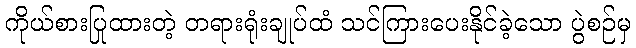
ကိုယ်စားပြုထားတဲ့ တရားရုံးချုပ်ထံ သင်ကြားပေးနိုင်ခဲ့သော ပွဲစဉ်မှ